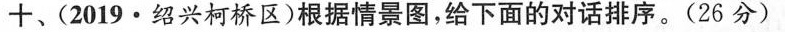
十、(2019·绍兴柯桥区)根据情景图,给下面的对话排序。(26 分)